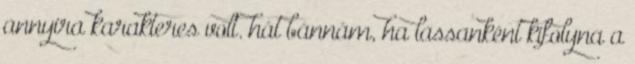
annyira karakteres volt. hát bánnám, ha lassanként kifolyna a